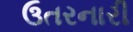
ઉતરનારી